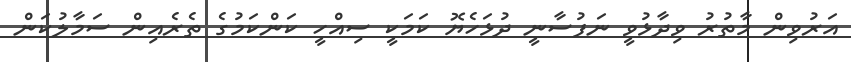
އަރުވިން މާތުރު ވިދާޅުވީ ނަފުސާނީ ދުޅަހެޔޮ ކަމަކީ ސިއްހީ ކަންކަމުގެ ތެރެއިން ސަމާލުކަން